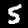
Label: 5